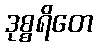
ဒုစ္စရိတေ